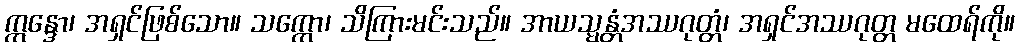
ဣန္ဒော၊ အရှင်ဖြစ်သော။ သက္ကော၊ သိကြားမင်းသည်။ အာယသ္မန္တံအဿဂုတ္တံ၊ အရှင်အဿဂုတ္တ မထေရ်ကို။